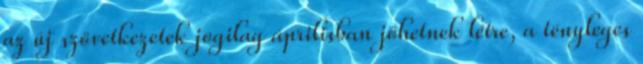
az új szövetkezetek jogilag áprilisban jöhetnek létre, a tényleges